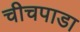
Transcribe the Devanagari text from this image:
चीचपाडा